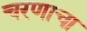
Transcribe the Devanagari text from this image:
चरणाचा